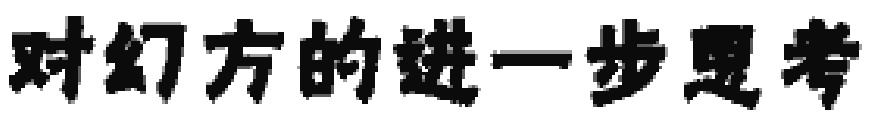
对幻方的进一步思考